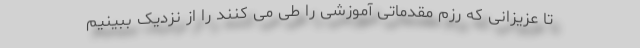
تا عزیزانی که رزم مقدماتی آموزشی را طی می کنند را از نزدیک ببینیم